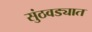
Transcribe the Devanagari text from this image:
सुंठवड्यात